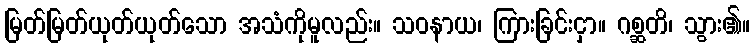
မြတ်မြတ်ယုတ်ယုတ်သော အသံကိုမူလည်း။ သဝနာယ၊ ကြားခြင်းငှာ။ ဂစ္ဆတိ၊ သွား၏။